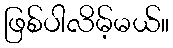
ဖြစ်ပါလိမ့်မယ်။